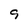
Character: 9